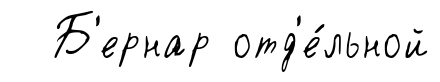
Б'ернар отд'е́льной